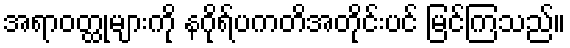
အရာဝတ္ထုများကို နဂိုရ်ပကတိအတိုင်းပင် မြင်ကြသည်။